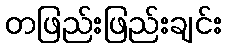
တဖြည်းဖြည်းချင်း